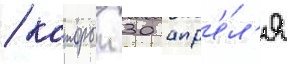
/ которыи 30 апр'е́л'я